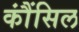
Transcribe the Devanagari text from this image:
कौंंसिल